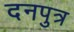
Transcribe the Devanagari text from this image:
दनपुत्र